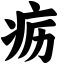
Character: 疬